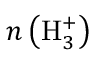
n \left( \mathrm { H } _ { 3 } ^ { + } \right)